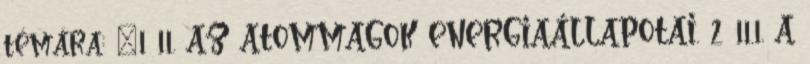
témára: "1 11. AZ ATOMMAGOK ENERGIAÁLLAPOTAI. 2 11.1. A